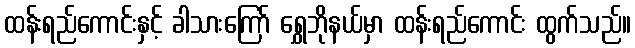
ထန်းရည်ကောင်းနှင့် ခါသားကြော် ရွှေဘိုနယ်မှာ ထန်းရည်ကောင်း ထွက်သည်။